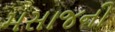
મસાજની